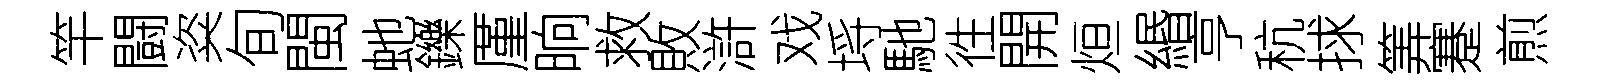
竿闘粢旬閩虵鑠厪晌救敗滸戏埓馳徃開烜緡亨秔捄筭蹇煎